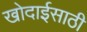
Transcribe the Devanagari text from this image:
खोदाईसाठी